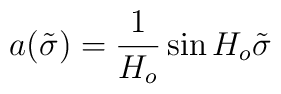
a(\tilde{\sigma}) =  \frac{1}{H_{o}} \sin H_{o} \tilde{\sigma}